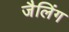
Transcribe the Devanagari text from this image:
जैलिंग